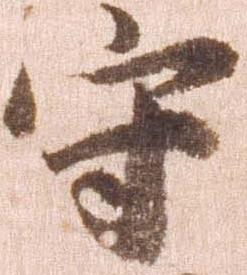
守